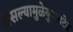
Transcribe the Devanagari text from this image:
असल्यामुळेयुनायटेड